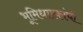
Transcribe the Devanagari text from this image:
भूमिधारकांची